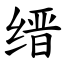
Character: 缙